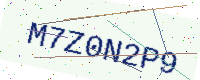
Text: M7Z0N2P9